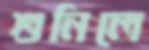
শুনিলে